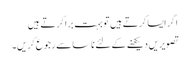
اگر ایسا کرتے ہیں تو بہت برا کرتے ہیں
تصویریں دیکھنے کے لئے ناسا سے رجوع کریں۔